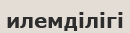
илемділігі